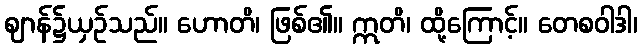
ဈာန်၌ယှဉ်သည်။ ဟောတိ၊ ဖြစ်၏။ ဣတိ၊ ထို့ကြောင့်။ တေစဝါဒါ၊